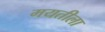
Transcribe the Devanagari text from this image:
मयतीला